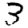
Digit: 3